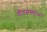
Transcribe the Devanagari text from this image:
गौतमस्थान